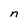
Character: n